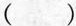
( )